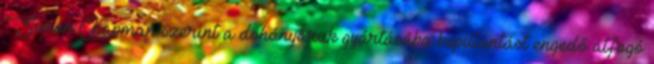
Simon Chapman szerint a dohányáruk gyártásába bepillantást engedő átfogó